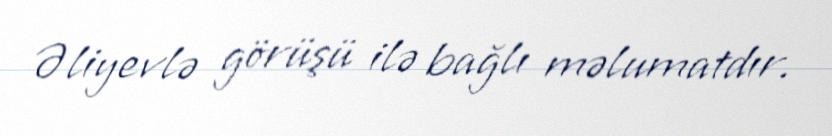
Əliyevlə görüşü ilə bağlı məlumatdır.